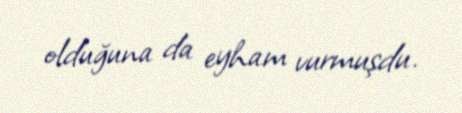
olduğuna da eyham vurmuşdu.